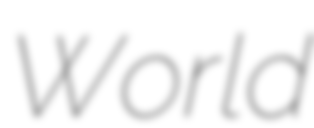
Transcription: World